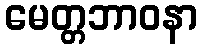
မေတ္တဘာဝနာ